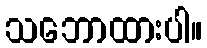
သဘောထားပါ။